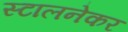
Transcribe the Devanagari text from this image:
स्टालनेकर